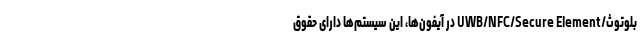
بلوتوث/UWB/NFC/Secure Element در آیفون‌ها، این سیستم‌ها دارای حقوق